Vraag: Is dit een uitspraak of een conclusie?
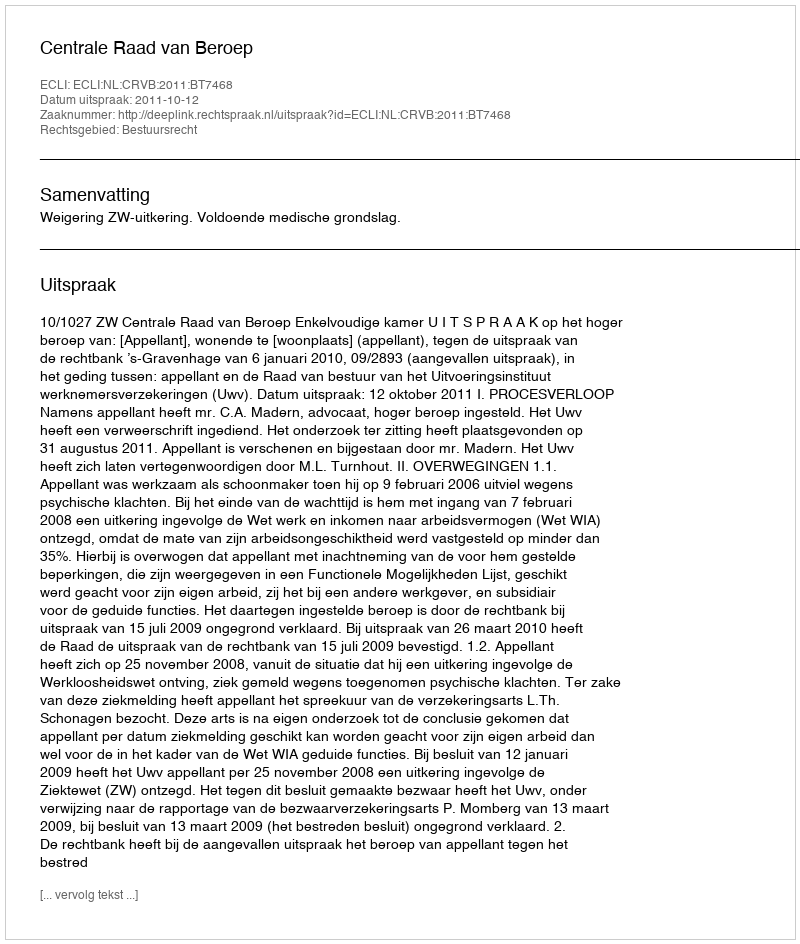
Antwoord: Uitspraak